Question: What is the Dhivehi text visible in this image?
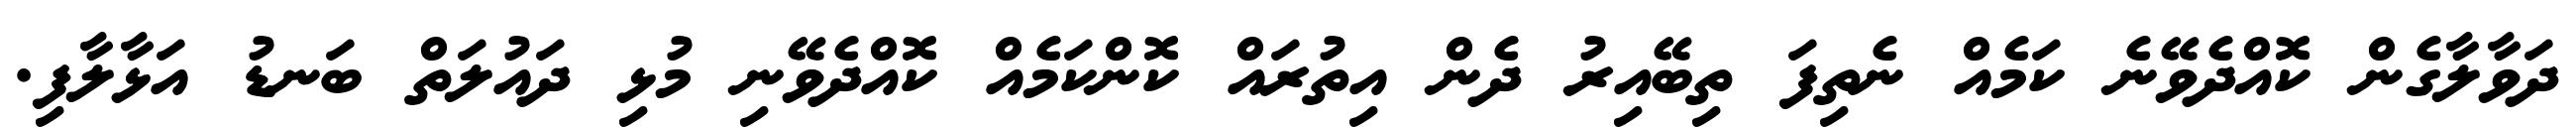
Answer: ދަވާލާގެން ކޮއްދެވޭނެ ކަމެއް ނެތިފަ ތިބޭއިރު ދެން އިތުރައް ކޮންކަމެއް ކޮއްދެވޭނި މުޅި ދައުލަތް ބަނޑު އަޅާލާފި.